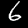
Digit: 6